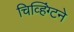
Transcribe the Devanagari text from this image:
चिव्हिंग्टने